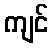
ကျင်